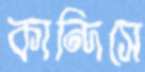
কান্দিসে